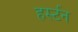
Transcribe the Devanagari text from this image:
हर्स्टन